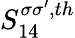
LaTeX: S_{14}^{\sigma\sigma^{\prime},th}